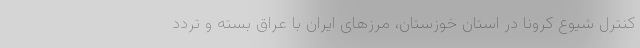
کنترل شیوع کرونا در استان خوزستان، مرزهای ایران با عراق بسته و تردد